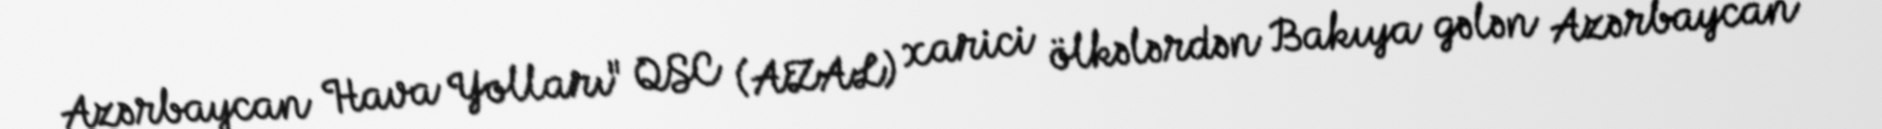
Azərbaycan Hava Yolları" QSC (AZAL) xarici ölkələrdən Bakıya gələn Azərbaycan